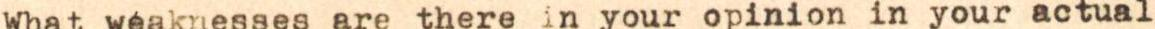
What weaknesses are there in your opinion in your actual